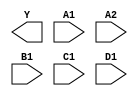
module sky130_fd_sc_hs__a2111oi (
    Y ,
    A1,
    A2,
    B1,
    C1,
    D1
);

    output Y ;
    input  A1;
    input  A2;
    input  B1;
    input  C1;
    input  D1;

    // Voltage supply signals
    supply1 VPWR;
    supply0 VGND;

endmodule